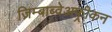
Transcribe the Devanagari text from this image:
ज़िम्बाब्वेअफ़्रीकन